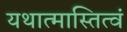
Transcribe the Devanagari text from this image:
यथात्मास्तित्वं